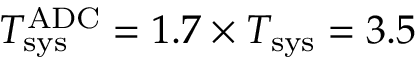
T _ { \mathrm { s y s } } ^ { \mathrm { A D C } } = 1 . 7 \times T _ { \mathrm { s y s } } = 3 . 5